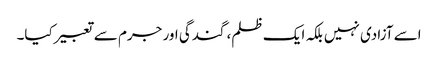
اسے آزادی نہیں بلکہ ایک ظلم، گندگی اور جرم سے تعبیرکیا۔